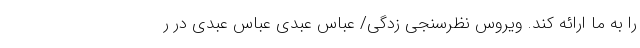
را به ما ارائه کند. ویروس نظرسنجی ‌زدگی/ عباس عبدی عباس عبدی در ر